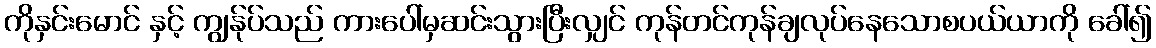
ကိုနှင်းမောင် နှင့် ကျွန်ုပ်သည် ကားပေါ်မှဆင်းသွားပြီးလျှင် ကုန်တင်ကုန်ချလုပ်နေသောစပယ်ယာကို ခေါ်၍